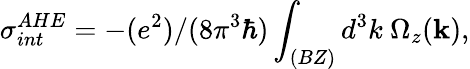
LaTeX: \sigma_{int}^{AHE}=-(e^{2})/(8\pi^{3}\hbar)\int_{(BZ)}d^{3}k\ \Omega_{z}(\mathbf{k}),